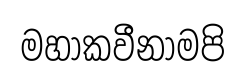
මහාකවීනාමපි